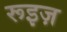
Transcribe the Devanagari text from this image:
रूइज़